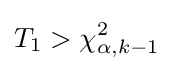
T_{1}>\chi _{\alpha ,k-1}^{2}